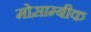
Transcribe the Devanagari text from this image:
मोस़ाम्बीक